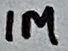
Text: 1M